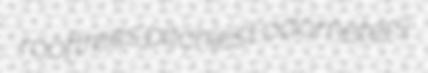
rooftrees pitchiest odometers